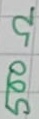
Text: 500Ω